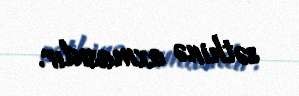
səthinə axmasıdır.